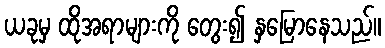
ယခုမှ ထိုအရာများကို တွေး၍ နှမြောနေသည်။